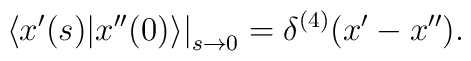
\left. \langle x^{\prime}(s)|x^{\prime\prime}(0)\rangle \right|_{s\rightarrow 0}= \delta^{(4)}(x^{\prime}-x^{\prime\prime}).